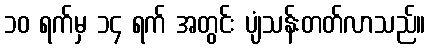
၁၀ ရက်မှ ၁၄ ရက် အတွင်း ပျံသန်းတတ်လာသည်။